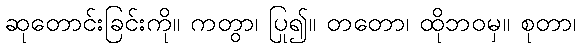
ဆုတောင်းခြင်းကို။ ကတွာ၊ ပြု၍။ တတော၊ ထိုဘဝမှ။ စုတာ၊